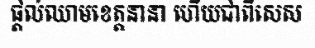
ផ្តល់ឈាមខេត្តនានា ហើយជាពិសេស